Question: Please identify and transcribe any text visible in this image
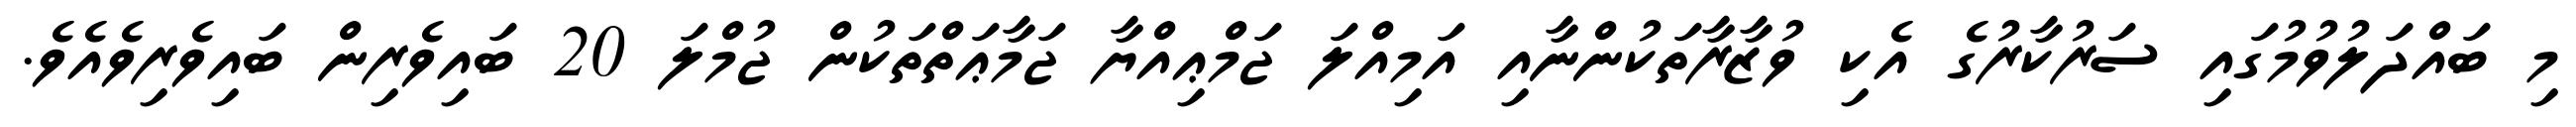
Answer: މި ބައްދަލުވުމުގައި ސަރުކާރުގެ އެކި ވުޒާރާތަކުންނާއި އަމިއްލަ ޖަމްޢިއްޔާ ޖަމާޢަތްތަކުން ޖުމްލަ 20 ބައިވެރިން ބައިވެރިވެއެވެ.